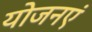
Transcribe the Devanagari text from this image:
योजनएं